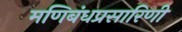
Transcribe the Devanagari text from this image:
मणिबंधप्रसारिणी